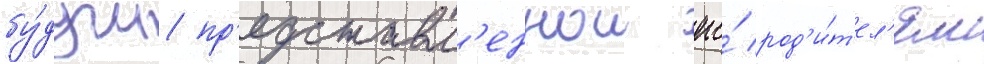
бу́дучи пр'едставл'еннои его́ род'и́т'ел'ям